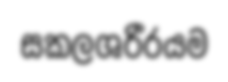
සකලශරීරයම